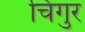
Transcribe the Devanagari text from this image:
चिगुर